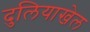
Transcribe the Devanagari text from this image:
दुलियाखेल